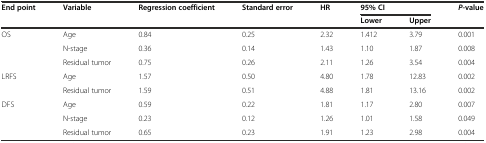
<table><thead><tr><td rowspan="2"><b>End point</b></td><td rowspan="2"><b>Variable</b></td><td rowspan="2"><b>Regression coefficient</b></td><td rowspan="2"><b>Standard error</b></td><td rowspan="2"><b>HR</b></td><td colspan="2"><b>95% CI</b></td><td rowspan="2"><b><i>P</i>-value</b></td></tr><tr><td><b>Lower</b></td><td><b>Upper</b></td></tr></thead><tbody><tr><td rowspan="3">OS</td><td>Age</td><td>0.84</td><td>0.25</td><td>2.32</td><td>1.412</td><td>3.79</td><td>0.001</td></tr><tr><td>N-stage</td><td>0.36</td><td>0.14</td><td>1.43</td><td>1.10</td><td>1.87</td><td>0.008</td></tr><tr><td>Residual tumor</td><td>0.75</td><td>0.26</td><td>2.11</td><td>1.26</td><td>3.54</td><td>0.004</td></tr><tr><td rowspan="2">LRFS</td><td>Age</td><td>1.57</td><td>0.50</td><td>4.80</td><td>1.78</td><td>12.83</td><td>0.002</td></tr><tr><td>Residual tumor</td><td>1.59</td><td>0.51</td><td>4.88</td><td>1.81</td><td>13.16</td><td>0.002</td></tr><tr><td rowspan="3">DFS</td><td>Age</td><td>0.59</td><td>0.22</td><td>1.81</td><td>1.17</td><td>2.80</td><td>0.007</td></tr><tr><td>N-stage</td><td>0.23</td><td>0.12</td><td>1.26</td><td>1.01</td><td>1.58</td><td>0.049</td></tr><tr><td>Residual tumor</td><td>0.65</td><td>0.23</td><td>1.91</td><td>1.23</td><td>2.98</td><td>0.004</td></tr></tbody></table>